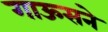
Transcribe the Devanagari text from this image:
गाऊसने